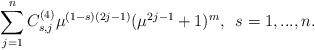
LaTeX: \begin{align*}\sum_{j=1}^{n}C_{s,j}^{(4)}\mu^{(1-s)(2j-1)}(\mu^{2j-1}+1)^m, \enskip s=1,...,n. \end{align*}